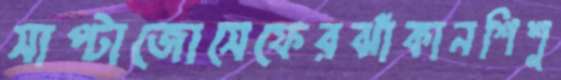
সাপ্‌টাজোসেফেরঝাঁকানশিশু